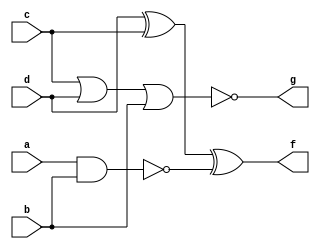
module prog_2(a,b,c,d,f,g);
input a,b,c,d;
output f,g;

nand(k,a,b);
xor(f,d,c,k);
nor(g,c,d,b);

endmodule